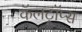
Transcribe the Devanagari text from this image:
कॅलट्रॉप्स